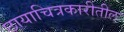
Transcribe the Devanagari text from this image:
छायाचित्रकारीतील